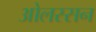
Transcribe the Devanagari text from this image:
ओलस्सन